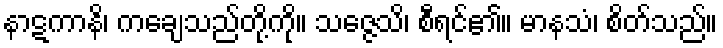
နာဋကာနိ၊ ကချေသည်တို့ကို။ သဇ္ဇေသိ၊ စီရင်၏။ မာနသံ၊ စိတ်သည်။